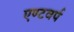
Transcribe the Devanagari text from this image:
एण्टवर्प